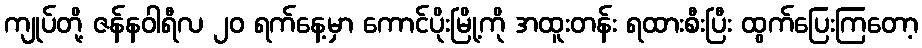
ကျုပ်တို့ ဇန်နဝါရီလ ၂၀ ရက်နေ့မှာ ကောင်ပိုးမြို့ကို အထူးတန်း ရထားစီးပြီး ထွက်ပြေးကြတော့